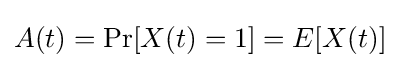
A(t)=\Pr[X(t)=1]=E[X(t)]